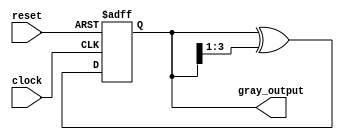
module gray_counter (
    input wire clock,
    input wire reset,
    output reg [3:0] gray_output
);

reg [3:0] gray_reg;

always @(posedge clock or posedge reset) begin
    if (reset) begin
        gray_reg <= 4'b0000;
    end else begin
        gray_reg <= gray_reg ^ (gray_reg >> 1);
    end
end

assign gray_output = gray_reg;

endmodule